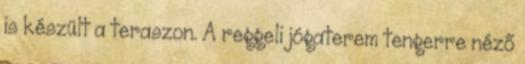
is készült a teraszon. A reggeli jógaterem tengerre néző